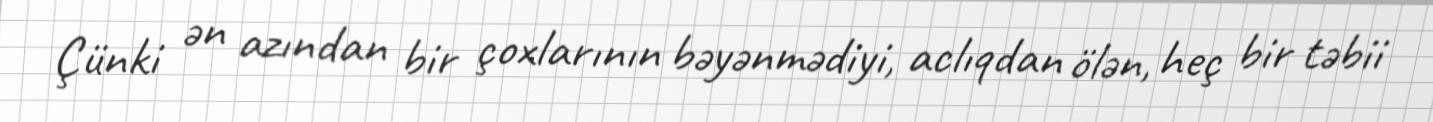
Çünki ən azından bir çoxlarının bəyənmədiyi, aclıqdan ölən, heç bir təbii